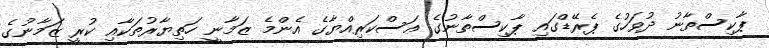
ޕާކިސްތާނު ދުވަހުގެ ޕެރޭޑްގައި ޕާކިސްތާނުގެ ޢަސްކަރިއްޔާގެ އެންމެ ޒަމާނީ ހަތިޔާރުތަކާއި ކުރީ ޒަމާނުގެ